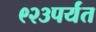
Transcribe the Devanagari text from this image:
९२३पर्यंत